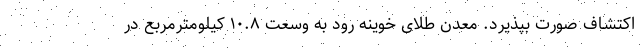
اکتشاف صورت بپذیرد. معدن طلای خوینه رود به وسعت ۱۰.۸ کیلومترمربع در